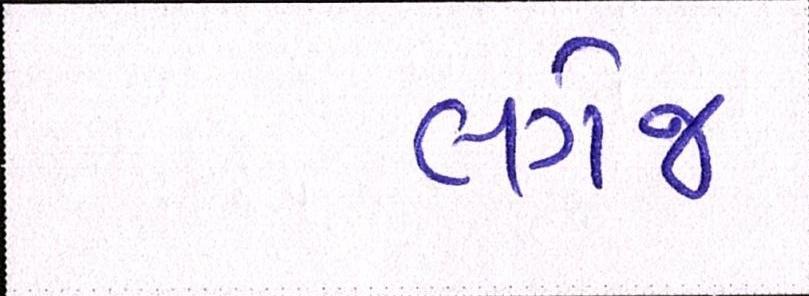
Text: લગેજ